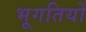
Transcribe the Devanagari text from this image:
भूगतियों